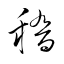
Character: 稽